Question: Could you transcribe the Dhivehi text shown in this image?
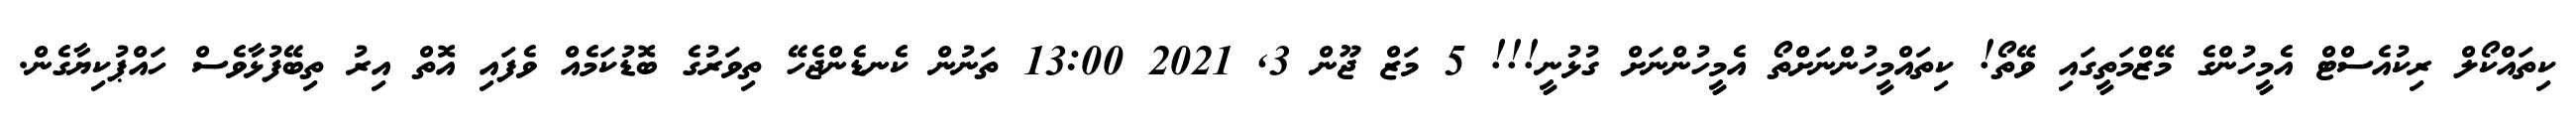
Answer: ކިތައްކޯލް ރިކުއެސްޓް އެމީހުންގެ މޭޒްމަތީގައި ވޭތޯ! ކިތައްމީހުންނަށްތޯ އެމީހުންނަށް ގުޅުނީ!!! 5 މަޒް ޖޫން 3, 2021 13:00 ތަނުން ކެނޑެންޖެހޭ ތިވަރުގެ ބޮޑުކަމެއް ވެފައި އޮތް އިރު ތިބޭފުޅާވެސް ހައްޕުކިޔާގެން.